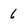
Character: 6